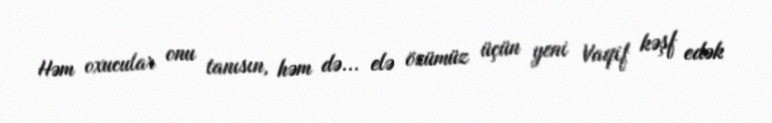
Həm oxucular onu tanısın, həm də... elə özümüz üçün yeni Vaqif kəşf edək